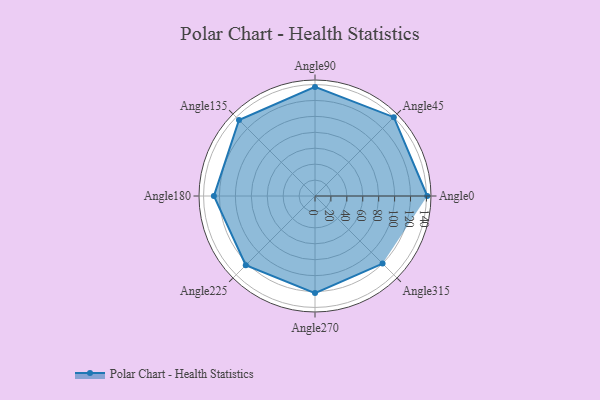
{"axis": {"x": "Angle", "y": "Radius"}, "legend": [""], "data": [{"x": "Angle0", "y": 141.0, "type": ""}, {"x": "Angle45", "y": 140.0, "type": ""}, {"x": "Angle90", "y": 137.0, "type": ""}, {"x": "Angle135", "y": 135.0, "type": ""}, {"x": "Angle180", "y": 127.0, "type": ""}, {"x": "Angle225", "y": 123.0, "type": ""}, {"x": "Angle270", "y": 122.0, "type": ""}, {"x": "Angle315", "y": 120.0, "type": ""}]}